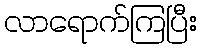
လာရောက်ကြပြီး